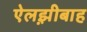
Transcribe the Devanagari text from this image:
ऐलझ़ीबाह